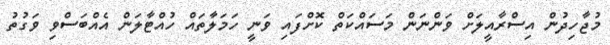
މުޖާހިދުން އިސްރާއީލަށް ވަންނަން މަސައްކަތް ކޮށްފައި ވަނީ ހަމަލާތައް ހުއްޓާލަން އެއްބަސްވި ވަގުތު